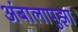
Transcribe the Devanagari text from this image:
अंबालापुझा